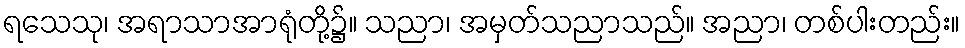
ရသေသု၊ အရာသာအာရုံတို့၌။ သညာ၊ အမှတ်သညာသည်။ အညာ၊ တစ်ပါးတည်း။